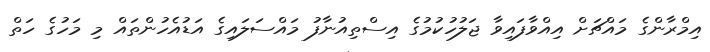
އިމްރާންގެ މައްޗަށް އިއްވާފައިވާ ޖަލުހުކުމުގެ އިސްތިއުނާފު މައްސަލައިގެ އަޑުއެހުންތައް މި މަހުގެ ހަތް